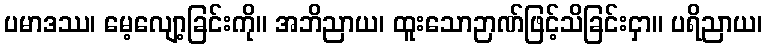
ပမာဒဿ၊ မေ့လျော့ခြင်းကို။ အဘိညာယ၊ ထူးသောဉာဏ်ဖြင့်သိခြင်းငှာ။ ပရိညာယ၊